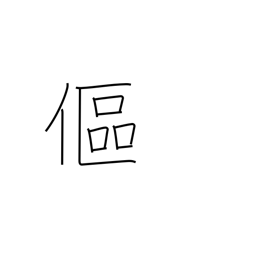
Meaning: bend over